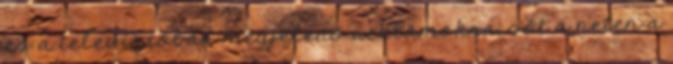
és a televízióban megjelenő reklámokra, sőt a neten a